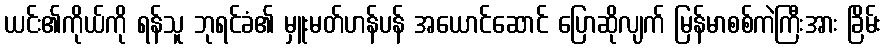
ယင်း၏ကိုယ်ကို ရန်သူ ဘုရင်ခံ၏ မှူးမတ်ဟန်ပန် အယောင်ဆောင် ပြောဆိုလျက် မြန်မာစစ်ကဲကြီးအား ခြိမ်း